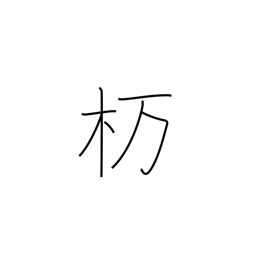
Meaning: type of oak